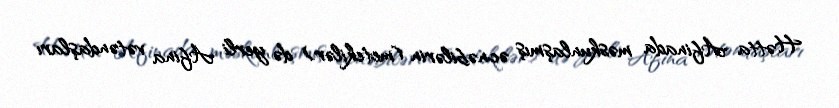
Hətta Afinada məskunlaşmış əcnəbilərin (metekilər) də yerli Afina vətəndaşları